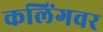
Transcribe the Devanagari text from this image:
कलिंगवर